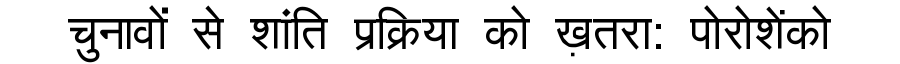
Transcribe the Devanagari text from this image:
चुनावों से शांति प्रक्रिया को ख़तरा: पोरोशेंको